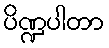
ပိဏ္ဍပါတာ